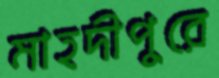
মাহদীপুরে